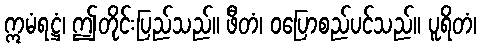
ဣမံရဋ္ဌံ၊ ဤတိုင်းပြည်သည်။ ဖီတံ၊ ဝပြောစည်ပင်သည်။ ပူရိတံ၊